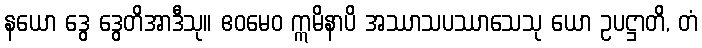
နယော ဒွေ ဒွေတိအာဒီသု။ ဧဝမေဝ ဣမိနာပိ အဿာသပဿာသေသု ယော ဥပဋ္ဌာတိ, တံ